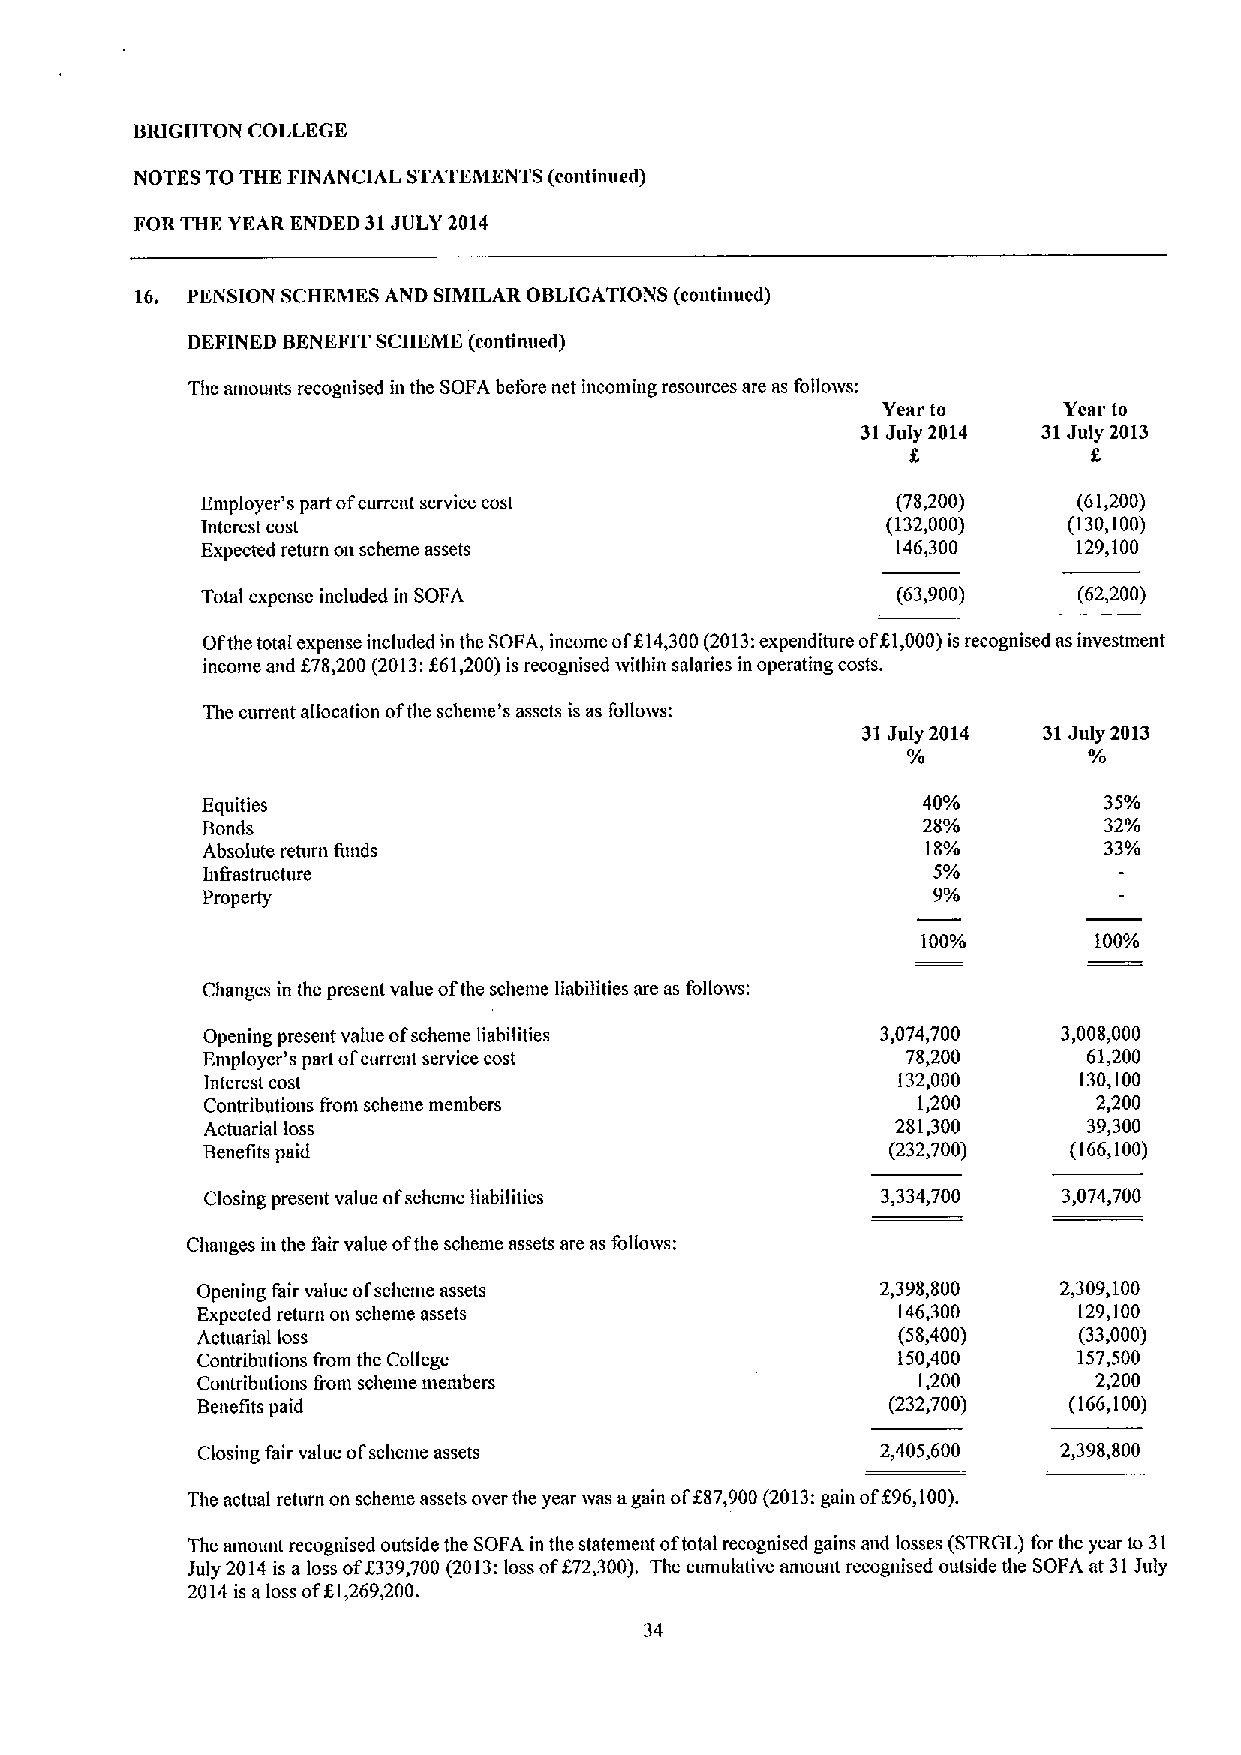
BRIGHTON COLLEGE
 NOTES TO THE I'INANCIAL STATEMENTS (continued)
 FORTHE YEAR ENDED 31JULY 2014
 16. PENSION SCHEMES AND SIMILAR OBLIGATIONS (continued)
 DEFINED BENEFITSCHEME (continued)
 The amounts recognised in the SOFA before net incoming resources are as follows:
 Year to     Year to
 31July 2014 31July 2013
 f
 Employer's part ofcurrent service cost        (78,200)    (61,200)
 Interest cost                                 (132,000)   (130,100)
 Expected return on scheme assets              146,300     129,100
 Total expense included in SOFA                (63,900)    (62,200)
 Ofthe total expense included in the SOFA, income of K14,300(2013:expenditure off 1,000)is recognised as investment
 income and 878,200 (2013:f61,200)isrecognised ivithin salaries in operating costs.
 The current allocation ofthe scheme's assets is as folloivs:
 31July 2014 31July 2013
 Equities                                        40%         35%
 Bonds                                           28%         32%
 Absolute return funds                           18%         33%
 ln&astructure                                    5%
 Property                                         9%
 100%       IPP%
 Changes in the present value ofthe scheme liabilities are as folloivs:
 Opening present value ofscheme liabilities   3,074,700   3,008,000
 Employer's part ofcurrent service cost         78,200      61,200
 Interest cost                                 I32,000     130,100
 Contributions from scheme members              1,200       2,200
 Actuarial loss                               281,300      39,300
 Benefits paid                                 (232,700)   (166,100)
 Closing present value ofscheme liabilities  3,334,700   3,074,700
 Changes in the fair value ofthe scheme assets are as follows:
 Opening fair value ofscheme assets           2,398,800   2,309,100
 Expected return on scheme assets              146,300     129,100
 Actuarial loss                                (58,400)    (33,000)
 Contributions from the College                150,400     157,500
 Contributions from scheme members               1,200      2,200
 Benefits paid                                 (232,700)   (166,100)
 Closing fair value ofscheme assets           2,405,600   2,398,800
 The actual return on scheme assets over the year ivas again off87,900(2013:gain off 96,100).
 The mnount recognised outside the SOFA in the statement oftotal recognised gains and losses (STRGL) for the year to 31
 July 2014is a loss of$339,700 (2013:loss off72,300). The cunnilative amount recognised outside the SOFA at 31July
 2014is aloss ofKI,269,200.
 34